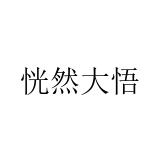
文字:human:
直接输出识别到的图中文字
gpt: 恍然大悟